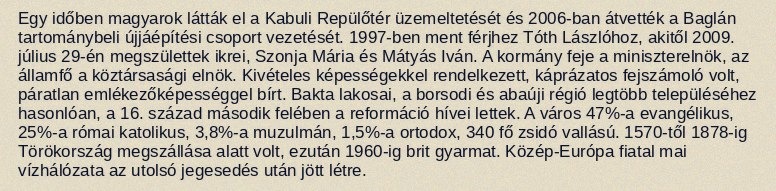
Egy időben magyarok látták el a Kabuli Repülőtér üzemeltetését és 2006-ban átvették a Baglán tartománybeli újjáépítési csoport vezetését. 1997-ben ment férjhez Tóth Lászlóhoz, akitől 2009. július 29-én megszülettek ikrei, Szonja Mária és Mátyás Iván. A kormány feje a miniszterelnök, az államfő a köztársasági elnök. Kivételes képességekkel rendelkezett, káprázatos fejszámoló volt, páratlan emlékezőképességgel bírt. Bakta lakosai, a borsodi és abaúji régió legtöbb településéhez hasonlóan, a 16. század második felében a reformáció hívei lettek. A város 47%-a evangélikus, 25%-a római katolikus, 3,8%-a muzulmán, 1,5%-a ortodox, 340 fő zsidó vallású. 1570-től 1878-ig Törökország megszállása alatt volt, ezután 1960-ig brit gyarmat. Közép-Európa fiatal mai vízhálózata az utolsó jegesedés után jött létre.